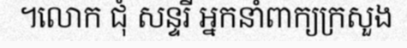
។លោក ជុំ សន្ទរី អ្នកនាំពាក្យក្រសួង